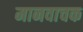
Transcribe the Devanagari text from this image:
मानवाचक